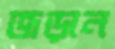
জড়ান